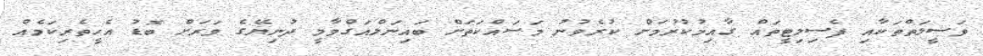
ވަސީލަތްތަކާއި ފެސިލިޓީތައް ގާއިމުކުރުމަށް ކުރެވުނު މަސައްކަތަށް ބައިނަލްއަގްވާމީ ދުނިޔޭގެ ވަރަށް ބޮޑު އެހީތެރިކަމެއް